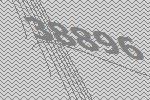
38896